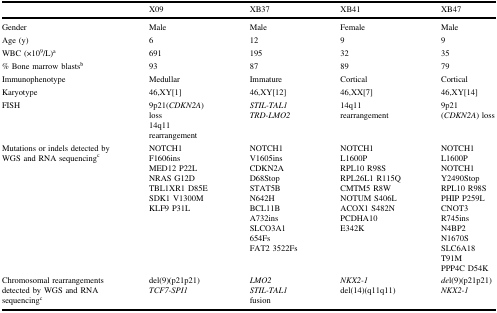
|  | X09 | XB37 | XB41 | XB47 |
 | --- | --- | --- | --- | --- |
 | Gender | Male | Male | Female | Male |
 | Age (y) | 6 | 12 | 9 | 9 |
 | WBC (×109/L)a | 691 | 195 | 32 | 35 |
 | % Bone marrow blastsb | 93 | 87 | 89 | 79 |
 | Immunophenotype | Medullar | Immature | Cortical | Cortical |
 | Karyotype | 46,XY[1] | 46,XY[12] | 46,XX[7] | 46,XY[14] |
 | FISH | 9p21(CDKN2A) loss14q11 rearrangement | STIL-TAL1TRD-LMO2 | 14q11 rearrangement | 9p21 (CDKN2A) loss |
 | Mutations or indels detected by WGS and RNA sequencingc | NOTCH1 F1606insMED12 P22LNRAS G12DTBL1XR1 D85ESDK1 V1300MKLF9 P31L | NOTCH1 V1605insCDKN2A D68StopSTAT5B N642HBCL11B A732insSLCO3A1 654FsFAT2 3522Fs | NOTCH1 L1600PRPL10 R98SRPL26L1 R115QCMTM5 R8WNOTUM S406LACOX1 S482NPCDHA10 E342K | NOTCH1 L1600PNOTCH1 Y2490StopRPL10 R98SPHIP P259LCNOT3 R745insN4BP2 N1670SSLC6A18 T91MPPP4C D54K |
 | Chromosomal rearrangements detected by WGS and RNA sequencingc | del(9)(p21p21)TCF7-SPI1 | LMO2STIL-TAL1 fusion | NKX2-1del(14)(q11q11) | del(9)(p21p21)NKX2-1 |